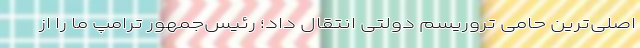
اصلی‌ترین حامی تروریسم دولتی انتقال داد؛ رئیس‌جمهور ترامپ ما را از